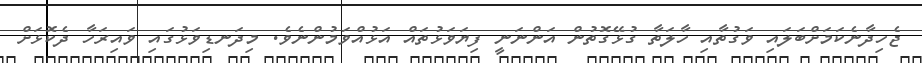
ޖެހިދާނެކަމަށްބަލައި ވަގުތާއި ހާލަތާ ގުޅޭގޮތުން އަންނަނީ ފިޔަވަޅުތައް އަޅުއްވަމުންނެވެ. މިދަނޑިވަޅުގައި ވައިރަހާ ދެކޮޅަށް